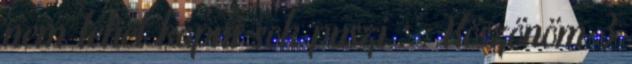
nem lehet kapni sok puszi ; : Köszönöm 3